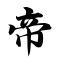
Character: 帝